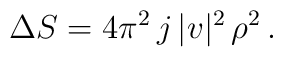
\Delta S= 4\pi^2\, j\, |v|^2\, \rho^2\,.